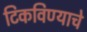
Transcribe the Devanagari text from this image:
टिकविण्याचे